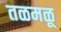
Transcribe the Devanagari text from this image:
तळमळू